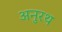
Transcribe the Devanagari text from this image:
अनुरथ